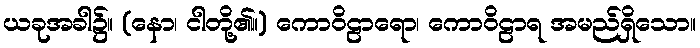
ယခုအခါ၌။ (နော၊ ငါတို့၏။) ကောဝိဠာရော၊ ကောဝိဠာရ အမည်ရှိသော။